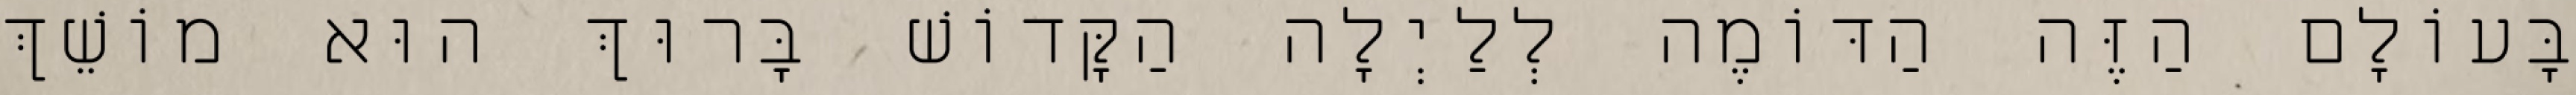
בָּעוֹלָם הַזֶּה הַדּוֹמֶה לְלַיְלָה הַקָּדוֹשׁ בָּרוּךְ הוּא מוֹשֵׁךְ